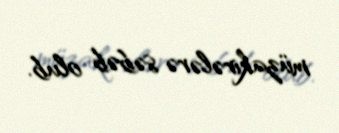
müzakirələrə səbəb olub.